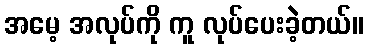
အမေ့ အလုပ်ကို ကူ လုပ်ပေးခဲ့တယ်။